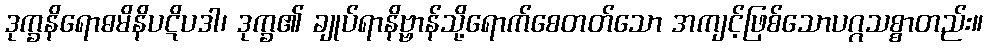
ဒုက္ခနိရောဓမိနိပဋိပဒါ၊ ဒုက္ခ၏ ချုပ်ရာနိဗ္ဗာန်သို့ရောက်စေတတ်သော အကျင့်ဖြစ်သောပဂ္ဂသစ္စာတည်း။